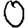
Digit: 0